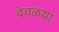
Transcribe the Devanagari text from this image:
देवळया